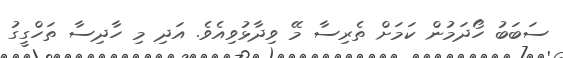
ސަބަބު ހޯދަމުން ކަމަށް ތެރިސާ މޭ ވިދާޅުވިއެވެ. އަދި މި ހާދިސާ ތަހްގީގު